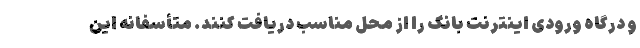
و درگاه ورودی اینترنت بانک را از محل مناسب دریافت کنند. متأسفانه این